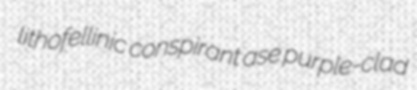
lithofellinic conspirant ase purple-clad